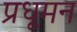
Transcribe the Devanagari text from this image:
प्रधूमन